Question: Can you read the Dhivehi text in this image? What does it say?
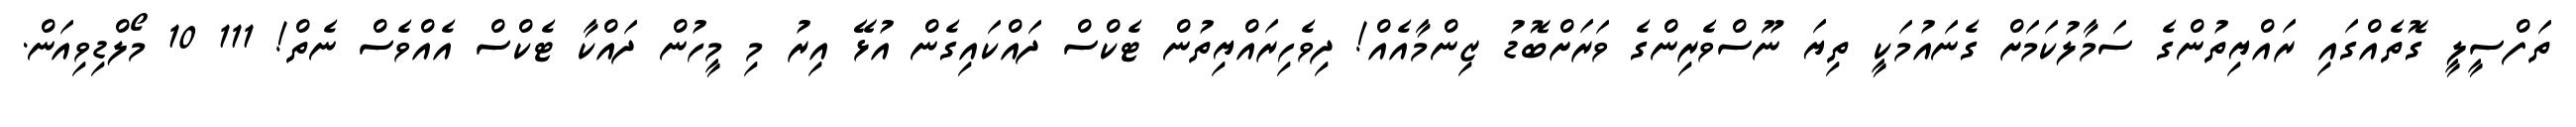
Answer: ތަފްސީލީ ގޮތެއްގައި ރައްޔިތުންގެ ސަމާލުކަމަށް ގެނައުމަކީ ތިޔަ ނޫސްވެރިންގެ ވަރަށްބޮޑު ޒިންމާއެއް! ދިވެހިރައްޔިތުން ޓެކްސް ދައްކައިގެން އުޅޭ އިރު މި މީހުން ދައްކާ ޓެކްސް އެއްވެސް ނެތް! 111 10 މޯލްޑިވިއަން.